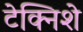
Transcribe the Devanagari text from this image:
टेक्निशे